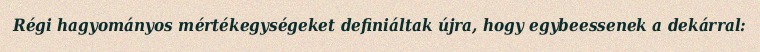
Régi hagyományos mértékegységeket definiáltak újra, hogy egybeessenek a dekárral: